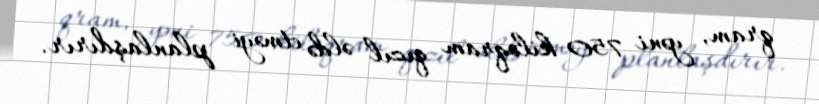
qram, yəni 750 kiloqram qızıl əldə etməyi planlaşdırır.